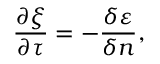
\frac { \partial \xi } { \partial \tau } = - \frac { \delta \varepsilon } { \delta n } ,